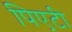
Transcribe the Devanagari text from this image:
पिएटी